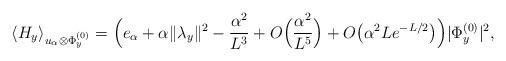
LaTeX: \begin{align*}\langle H_y \rangle_{u_{\alpha}\otimes \Phi_y^{(0)}} = \Big(e_{\alpha} + \alpha \|\lambda_y\|^2 -\frac{\alpha^2}{L^3} + O\Big( \frac{\alpha^2}{L^5}\Big) + O\big( \alpha^2 L e^{-L/2}\big) \Big) |\Phi_y^{(0)}|^2 ,\end{align*}